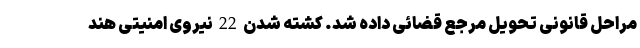
مراحل قانونی تحویل مرجع قضائی داده شد. کشته شدن 22 نیروی امنیتی هند